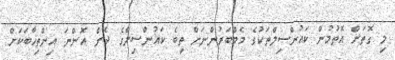
މި ގޮތަށް އޮތުމުން ކައުންސިލްތަކުގެ މެމްބަރުންނަށް ތިބެ ކައުންސިލްގެ ދެން އޮންނަ އިންތިޚާބަކަށް